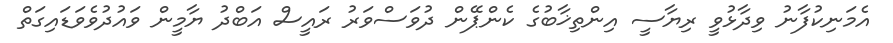
އެމަނިކުފާނު ވިދާޅުވީ ރިޔާސީ އިންތިޚާބުގެ ކެންޕޭން ދުވަސްވަރު ރައީސް އަބްދު ޔާމީން ވައުދުވެވަޑައިގަތް